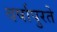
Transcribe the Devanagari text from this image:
वर्षापुरते